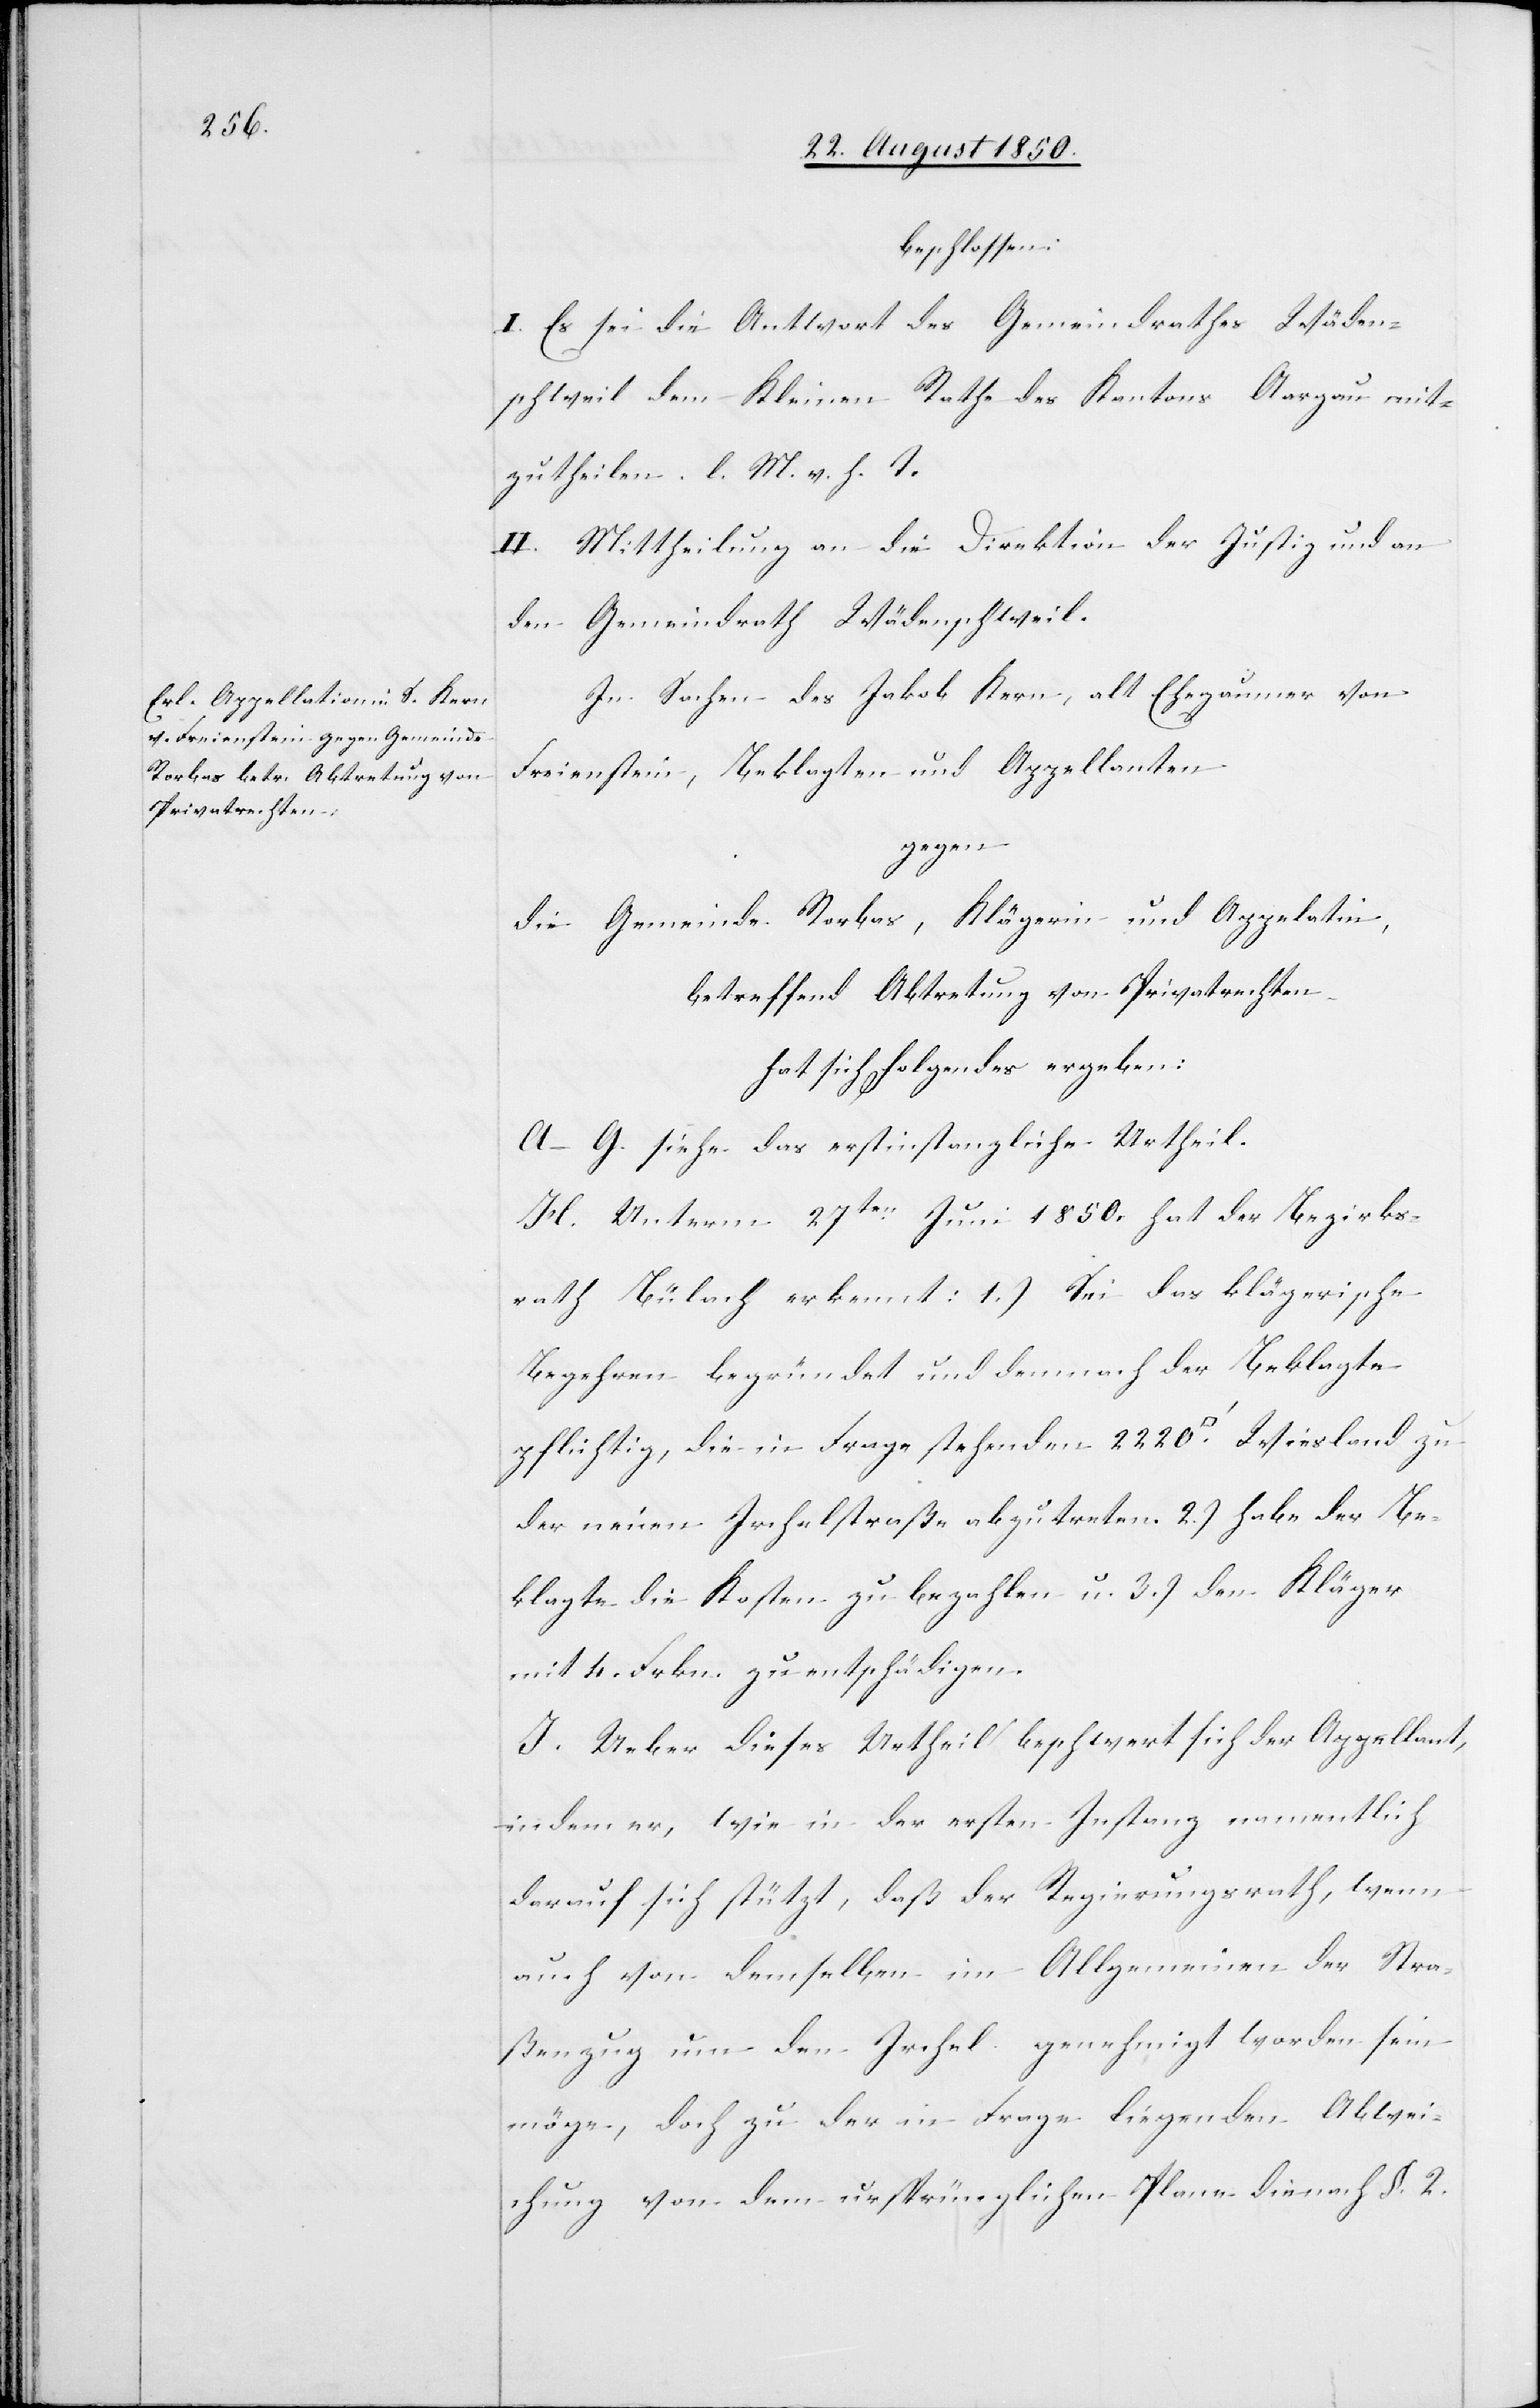
beschlossen:
I. Es sei die Antwort des Gemeindrathes Wäden¬
schweil dem Kleinen Rathe des Kantons Aargau mit¬
zutheilen. l. M. v. h. T.
II. Mittheilung an die Direktion der Justiz und an
den Gemeindrath Wädenscheil.
In Sachen des Jakob Kern, alt Ehegaumer von
Freienstein, Beklagten und Appellanten
gegen
die Gemeinde Rorbas, Klägerin und Appelatin,
betreffend Abtretung von Privatrechten
hat sich Folgendes ergeben:
A–G. siehe das erstinstanzliche Urtheil.
H. Unterm 27ten Juni 1850. hat der Bezirks¬
rath Bülach erkennt: 1.) Sei das klägerische
Begehren begründet und demnach der Beklagte
pflichtig, die in Frage stehenden 2220. [Quadratfuss]
der neuen Irchelstraße abzutreten. 2.) habe der Be¬
klagte die Kosten zu bezahlen u. 3.) den Kläger
mit 4. Frkn. zu entschädigen.
I. Ueber dieses Urtheil beschwert sich der Appellant,
indem er, wie in der ersten Instanz namentlich
darauf sich stützt, daß der Regierungsrath, wenn
auch von demselben im Allgemeinen der Stra¬
ßenzug um den Irchel genehmigt worden sein
möge, doch zu der in Frage liegenden Abwei¬
chung von dem ursprünglichen Plane die nach §. 2.